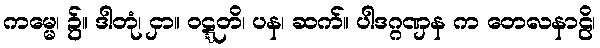
ကမ္မေ၊ ၌။ ဒါတုံ၊ ငှာ။ ဝဋ္ဋတိ၊ ပန၊ ဆက်။ ပါဒဂ္ဂဏှန က တေလနာဠိ၊